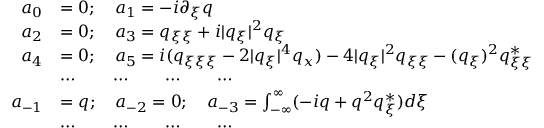
\begin{array} { r l } { a _ { 0 } } & { = 0 ; \quad a _ { 1 } = - i \partial _ { \xi } q } \\ { a _ { 2 } } & { = 0 ; \quad a _ { 3 } = q _ { \xi \xi } + i | q _ { \xi } | ^ { 2 } q _ { \xi } } \\ { a _ { 4 } } & { = 0 ; \quad a _ { 5 } = i ( q _ { \xi \xi \xi } - 2 | q _ { \xi } | ^ { 4 } q _ { x } ) - 4 | q _ { \xi } | ^ { 2 } q _ { \xi \xi } - ( q _ { \xi } ) ^ { 2 } q _ { \xi \xi } ^ { * } } \\ & { \cdots \qquad \cdots \qquad \cdots \qquad \cdots } \\ { a _ { - 1 } } & { = q ; \quad a _ { - 2 } = 0 ; \quad a _ { - 3 } = \int _ { - \infty } ^ { \infty } ( - i q + q ^ { 2 } q _ { \xi } ^ { * } ) d \xi } \\ & { \cdots \qquad \cdots \qquad \cdots \qquad \cdots } \end{array}